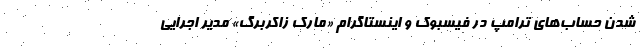
شدن حساب‌های ترامپ در فیسبوک و اینستاگرام «مارک زاکربرگ» مدیر اجرایی